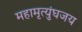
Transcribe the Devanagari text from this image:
महामृत्युंघजय